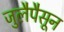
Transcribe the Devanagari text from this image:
जुलैपैसून